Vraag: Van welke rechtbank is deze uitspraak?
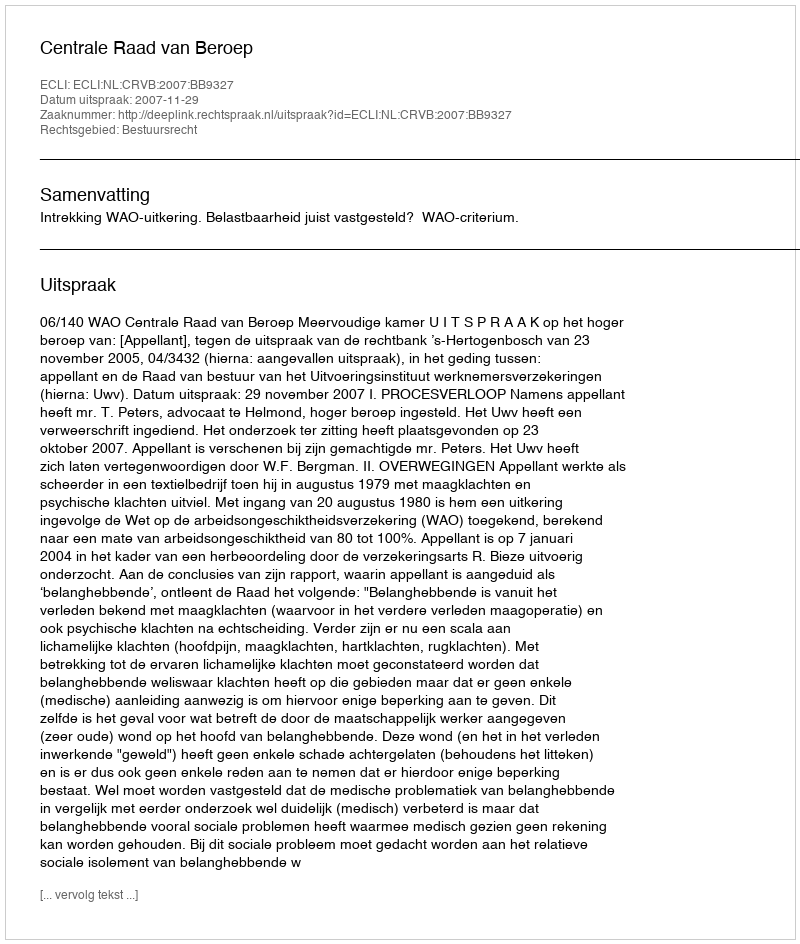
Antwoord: Centrale Raad van Beroep